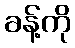
ခန့်ကို